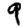
Digit: 9